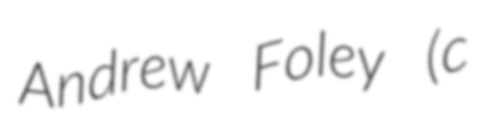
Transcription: Andrew Foley (c